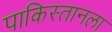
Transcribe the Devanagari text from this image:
पाकिस्तानला